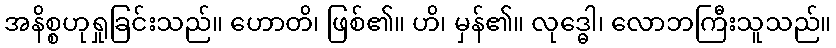
အနိစ္စဟုရှုခြင်းသည်။ ဟောတိ၊ ဖြစ်၏။ ဟိ၊ မှန်၏။ လုဒ္ဓေါ၊ လောဘကြီးသူသည်။